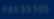
#403-9538